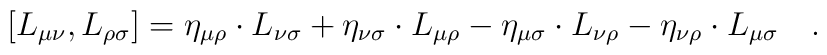
\left[ L_{\mu \nu },L_{\rho \sigma }\right] =\eta _{\mu \rho}\cdot L_{\nu \sigma }+\eta _{\nu \sigma }\cdot L_{\mu \rho }-\eta _{\mu\sigma }\cdot L_{\nu \rho }-\eta _{\nu \rho }\cdot L_{\mu \sigma }\quad .